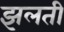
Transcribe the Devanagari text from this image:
झलती